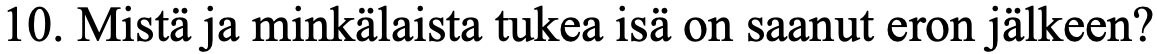
10. Mistä ja minkälaista tukea isä on saanut eron jälkeen?